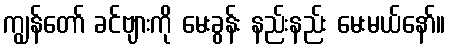
ကျွန်တော် ခင်ဗျားကို မေးခွန်း နည်းနည်း မေးမယ်နော်။